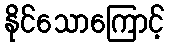
နိုင်သောကြောင့်